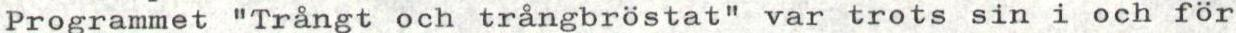
Programmet "Trångt och trångbröstat" var trots sin i och för